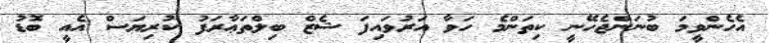
އެހެންވީމަ ބުނަންޖެހޭނީ ކިތަންމެ ހަވާ އަރުވައިފަ ޝެޒް ބިލްތަޢާރަފު ކުރިޔަސް އެއީ ބޮޑު